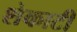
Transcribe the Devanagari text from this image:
शेकाटी